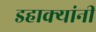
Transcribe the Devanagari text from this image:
डहाक्यांनी